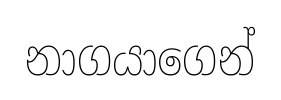
නාගයාගෙන්